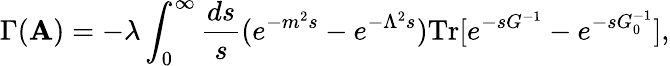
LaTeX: \Gamma(\mathbf{A})=-\lambda\int_{0}^{\infty}{\frac{{ds}}{{s}}}(e^{-m^{2}s}-e^{-\Lambda^{2}s})\mathrm{{Tr}}[e^{-sG^{-1}}-e^{-sG_{0}^{-1}}],